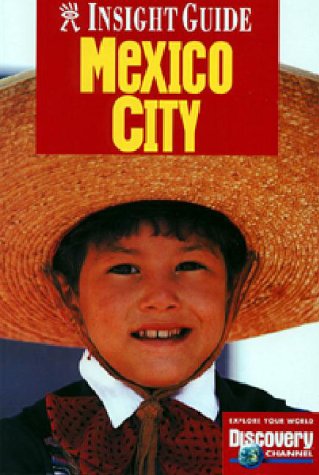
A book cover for Insight Guides Mexico City (Insight Guides); Travel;